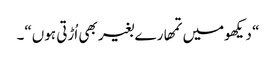
“ دیکھومیں تمھارے بغیر بھی اُڑتی ہوں“۔